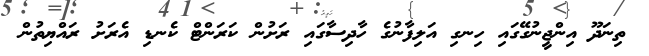
ތިނަދޫ އިންޖީނުގޭގައި ހިނގި އަލިފާނުގެ ހާދިސާގައި ރަށުން ކަރަންޓް ކެނޑި އެރަށު ރައްޔިތުން